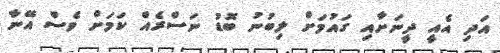
އަދި އެއީ ދީނަށާއި ގައުމަށް ލިބުނު ބޮޑު ނަސްރެއް ކަމަށް ވެސް އޭނާ